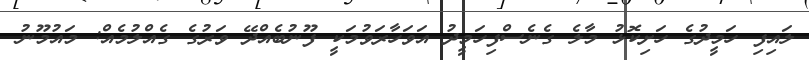
ލައިފި ހަމީދުގެ ހަށިކޮޅު މާލެ ގެނެސްފިހަމީދު އަވަހާރަވުމަކީ ފޫނުބެއްދޭ ވަރުގެ ގެއްލުމެއް: މައުމޫނު